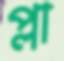
প্লা